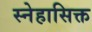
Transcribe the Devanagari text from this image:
स्नेहासिक्त